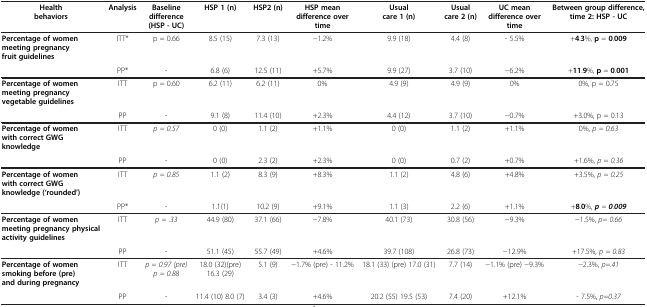
<table><thead><tr><td><b>Health behaviors</b></td><td><b>Analysis</b></td><td><b>Baseline difference(HSP - UC)</b></td><td><b>HSP 1(n)</b></td><td><b>HSP2(n)</b></td><td><b>HSP mean difference over time</b></td><td><b>Usual care 1(n)</b></td><td><b>Usual care 2(n)</b></td><td><b>UC mean difference over time</b></td><td><b>Between group difference, time 2: HSP - UC</b></td></tr></thead><tbody><tr><td><b>Percentage of women meeting pregnancy fruit guidelines</b></td><td>ITT*</td><td>p = 0.66</td><td>8.5 (15)</td><td>7.3 (13)</td><td>−1.2%</td><td>9.9 (18)</td><td>4.4 (8)</td><td>- 5.5%</td><td>+<b>4</b>.<b>3</b>%, <b>p</b> = <b>0</b>.<b>009</b></td></tr><tr><td> </td><td>PP*</td><td>-</td><td>6.8 (6)</td><td>12.5 (11)</td><td>+5.7%</td><td>9.9 (27)</td><td>3.7 (10)</td><td>−6.2%</td><td>+<b>11</b>.<b>9</b>%, <b>p</b> = <b>0</b>.<b>001</b></td></tr><tr><td><b>Percentage of women meeting pregnancy vegetable guidelines</b></td><td>ITT</td><td>p = 0.60</td><td>6.2 (11)</td><td>6.2 (11)</td><td>0%</td><td>4.9 (9)</td><td>4.9 (9)</td><td>0%</td><td>0%, p = 0.75</td></tr><tr><td> </td><td>PP</td><td>-</td><td>9.1 (8)</td><td>11.4 (10)</td><td>+2.3%</td><td>4.4 (12)</td><td>3.7 (10)</td><td>−0.7%</td><td>+3.0%, p = 0.13</td></tr><tr><td><b>Percentage of women with correct GWG knowledge</b></td><td>ITT</td><td><i>p = 0.57</i></td><td>0 (0)</td><td>1.1 (2)</td><td>+1.1%</td><td>0 (0)</td><td>1.1 (2)</td><td>+1.1%</td><td>0%, <i>p = 0.63</i></td></tr><tr><td> </td><td>PP</td><td>-</td><td>0 (0)</td><td>2.3 (2)</td><td>+2.3%</td><td>0 (0)</td><td>0.7 (2)</td><td>+0.7%</td><td>+1.6%, <i>p = 0.36</i></td></tr><tr><td><b>Percentage of women with correct GWG knowledge</b><b>(‘rounded’)</b></td><td>ITT</td><td><i>p = 0.85</i></td><td>1.1 (2)</td><td>8.3 (9)</td><td>+8.3%</td><td>1.1 (2)</td><td>4.8 (6)</td><td>+4.8%</td><td>+3.5%, <i>p = 0.25</i></td></tr><tr><td> </td><td>PP*</td><td>-</td><td>1.1(1)</td><td>10.2 (9)</td><td>+9.1%</td><td>1.1 (3)</td><td>2.2 (6)</td><td>+1.1%</td><td>+<b>8</b>.<b>0</b>%, <b><i>p</i></b><i>=</i><b><i>0</i></b><i>.</i><b><i>009</i></b></td></tr><tr><td><b>Percentage of women meeting pregnancy physical activity guidelines</b></td><td>ITT</td><td><i>p = .33</i></td><td>44.9 (80)</td><td>37.1 (66)</td><td>−7.8%</td><td>40.1 (73)</td><td>30.8 (56)</td><td>−9.3%</td><td>−1.5%, <i>p= 0.66</i></td></tr><tr><td> </td><td>PP</td><td>-</td><td>51.1 (45)</td><td>55.7 (49)</td><td>+4.6%</td><td>39.7 (108)</td><td>26.8 (73)</td><td>−12.9%</td><td>+17.5%, <i>p = 0.83</i></td></tr><tr><td><b>Percentage of women smoking before</b><b>(pre)</b><b>and during pregnancy</b></td><td>ITT</td><td><i>p = 0.97 (pre) p = 0.88</i></td><td>18.0 (32)(pre) 16.3 (29)</td><td>5.1 (9)</td><td>−1.7% (pre) - 11.2%</td><td>18.1 (33) (pre) 17.0 (31)</td><td>7.7 (14)</td><td>−1.1% (pre) −9.3%</td><td>−2.3%, <i>p=.41</i></td></tr><tr><td> </td><td>PP</td><td>-</td><td>11.4 (10) 8.0 (7)</td><td>3.4 (3)</td><td>+4.6%</td><td>20.2 (55) 19.5 (53)</td><td>7.4 (20)</td><td>+12.1%</td><td>- 7.5%, <i>p=0.37</i></td></tr></tbody></table>